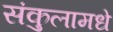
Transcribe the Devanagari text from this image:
संकुलामधे